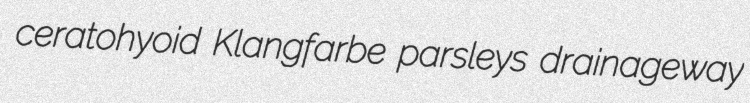
ceratohyoid Klangfarbe parsleys drainageway